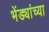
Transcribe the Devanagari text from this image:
भेंड्यांच्या